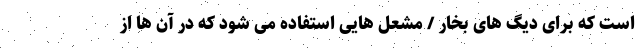
است که برای دیگ های بخار / مشعل هایی استفاده می شود که در آن ها از